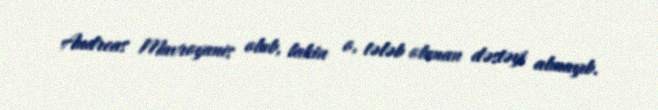
Andreas Mavroyanis olub, lakin o, tələb olunan dəstəyi almayıb.